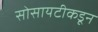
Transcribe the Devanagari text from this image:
सोसायटीकडून